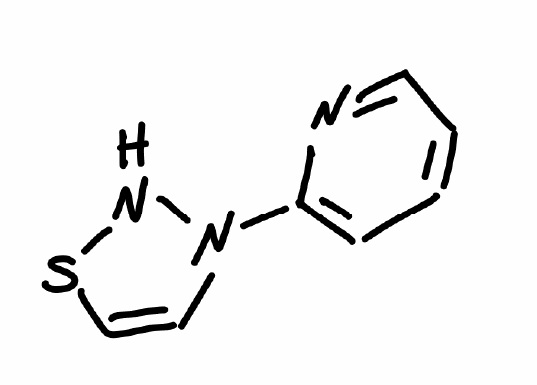
Simplified molecular-input line-entry system (SMILES) notation of the given molecule:
C1=CC=NC(=C1)N2C=CSN2